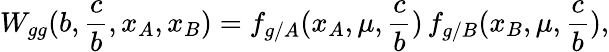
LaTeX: W_{gg}(b,\frac{c}{b},x_{A},x_{B})=f_{g/A}(x_{A},\mu,\frac{c}{b})\, f_{g/B}(x_{B},\mu,\frac{c}{b}),